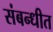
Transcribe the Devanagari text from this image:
संबन्धीत